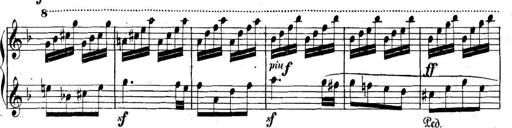
Title: Collected Piano Sonatas
Composer: Muzio Clementi